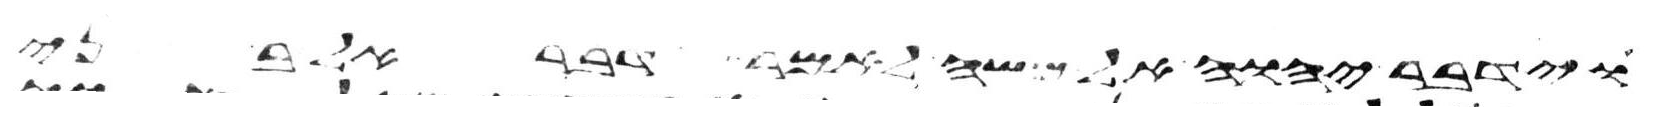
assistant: וידבר יהוה אל משה לאמר ואל בני